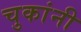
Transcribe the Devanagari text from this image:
चुकांनी